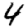
Digit: 4